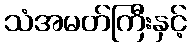
သံအမတ်ကြီးနှင့်